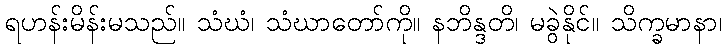
ရဟန်းမိန်းမသည်။ သံဃံ၊ သံဃာတော်ကို။ နဘိန္ဒတိ၊ မခွဲနိုင်။ သိက္ခမာနာ၊